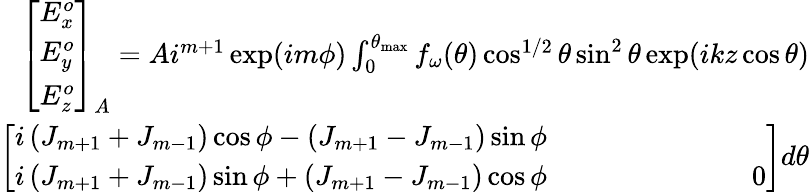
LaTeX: \begin{array}{r}{\left[\begin{array}{l}{E_{x}^{o}}\\ {E_{y}^{o}}\\ {E_{z}^{o}}\end{array}\right]_{A}=Ai^{m+1}\exp(im\phi)\int_{0}^{\theta_{\operatorname*{max}}}f_{\omega}(\theta)\cos^{1/2}\theta\sin^{2}\theta\exp(ikz\cos\theta)}\\ {\left[\begin{array}{l}{i\left(J_{m+1}+J_{m-1}\right)\cos\phi-\left(J_{m+1}-J_{m-1}\right)\sin\phi}\\ {i\left(J_{m+1}+J_{m-1}\right)\sin\phi+\left(J_{m+1}-J_{m-1}\right)\cos\phi\ ~~~~~~~~~~~~~~~~~~~~~~~~~~~~0}\end{array}\right]d\theta}\end{array}